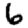
Digit: 6